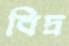
বিদ্র